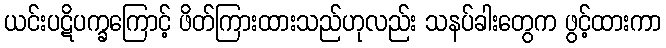
ယင်းပဋိပက္ခကြောင့် ဖိတ်ကြားထားသည်ဟုလည်း သနပ်ခါးတွေက ဖွင့်ထားကာ